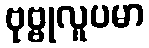
ဗုဗ္ဗုလူပမာ